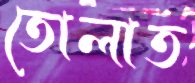
তোলাত